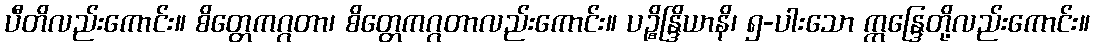
ပီတိလည်းကောင်း။ စိတ္တေကဂ္ဂတာ၊ စိတ္တေကဂ္ဂတာလည်းကောင်း။ ပဉ္စိန္ဒြိယာနိ၊ ၅-ပါးသော ဣန္ဒြေတို့လည်းကောင်း။